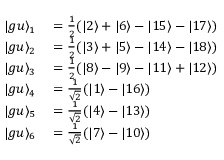
\begin{array} { r l } { \vert g u \rangle _ { 1 } } & { { } = \frac { 1 } { 2 } ( \vert 2 \rangle + \vert 6 \rangle - \vert 1 5 \rangle - \vert 1 7 \rangle ) } \\ { \vert g u \rangle _ { 2 } } & { { } = \frac { 1 } { 2 } ( \vert 3 \rangle + \vert 5 \rangle - \vert 1 4 \rangle - \vert 1 8 \rangle ) } \\ { \vert g u \rangle _ { 3 } } & { { } = \frac { 1 } { 2 } ( \vert 8 \rangle - \vert 9 \rangle - \vert 1 1 \rangle + \vert 1 2 \rangle ) } \\ { \vert g u \rangle _ { 4 } } & { { } = \frac { 1 } { \sqrt { 2 } } ( \vert 1 \rangle - \vert 1 6 \rangle ) } \\ { \vert g u \rangle _ { 5 } } & { { } = \frac { 1 } { \sqrt { 2 } } ( \vert 4 \rangle - \vert 1 3 \rangle ) } \\ { \vert g u \rangle _ { 6 } } & { { } = \frac { 1 } { \sqrt { 2 } } ( \vert 7 \rangle - \vert 1 0 \rangle ) } \end{array}